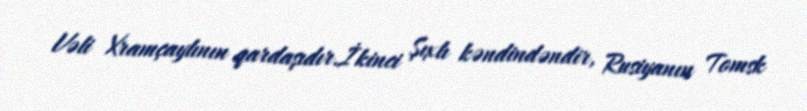
Vəli Xramçaylının qardaşıdır.İkinci Şıxlı kəndindəndir, Rusiyanın Tomsk